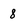
Character: 8